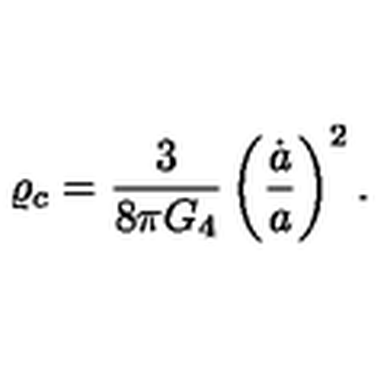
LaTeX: \varrho _ { c } = { \frac { 3 } { 8 \pi G _ { 4 } } } \left( { \frac { \dot { a } } { a } } \right) ^ { 2 } .